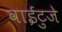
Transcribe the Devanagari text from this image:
वाईटुजे